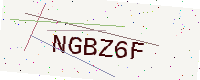
Text: NGBZ6F